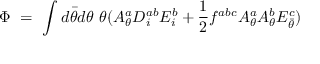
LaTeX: \Phi \ = \ \int d \bar { \theta } d \theta \ \theta ( { \cal A } _ { \theta } ^ { a } { \cal D } _ { i } ^ { a b } { \cal E } _ { i } ^ { b } + \frac { 1 } { 2 } f ^ { a b c } { \cal A } _ { \theta } ^ { a } { \cal A } _ { \theta } ^ { b } { \cal E } _ { \bar { \theta } } ^ { c } )